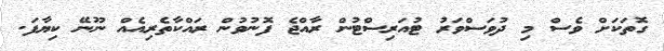
ގޮތަކަށް ވެސް މި ދުވަސްވަރު ޓުއަރިސްޓުން ރާއްޖެ ފޮނުވުން ރައްކާތެރިއެއް ނޫނޭ ކިޔާފަ.